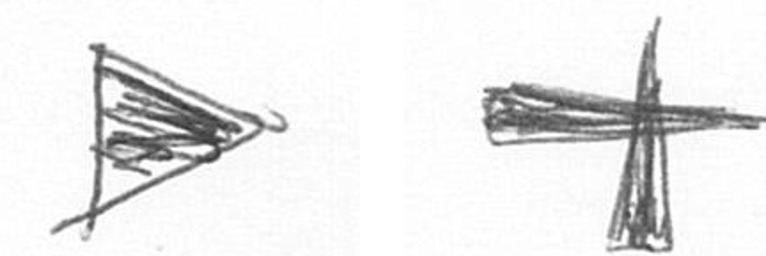
T G